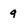
Character: q